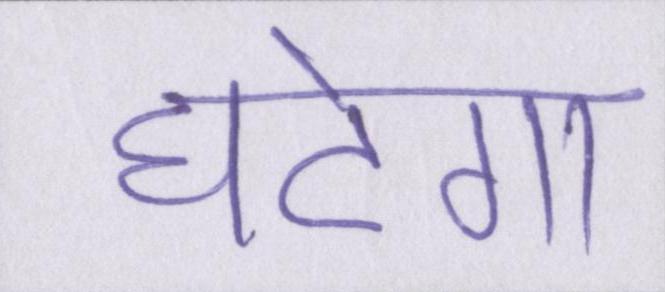
घटेगा